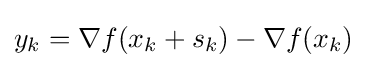
y_{k}=\nabla f(x_{k}+s_{k})-\nabla f(x_{k})